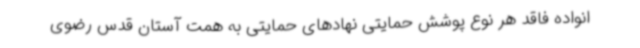
انواده فاقد هر نوع پوشش حمایتی نهادهای حمایتی به همت آستان قدس رضوی